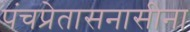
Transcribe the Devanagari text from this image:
पंचप्रेतासनासीना